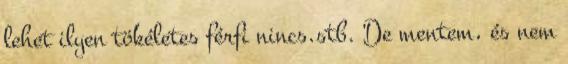
lehet ilyen tökéletes férfi nincs.stb. De mentem, és nem